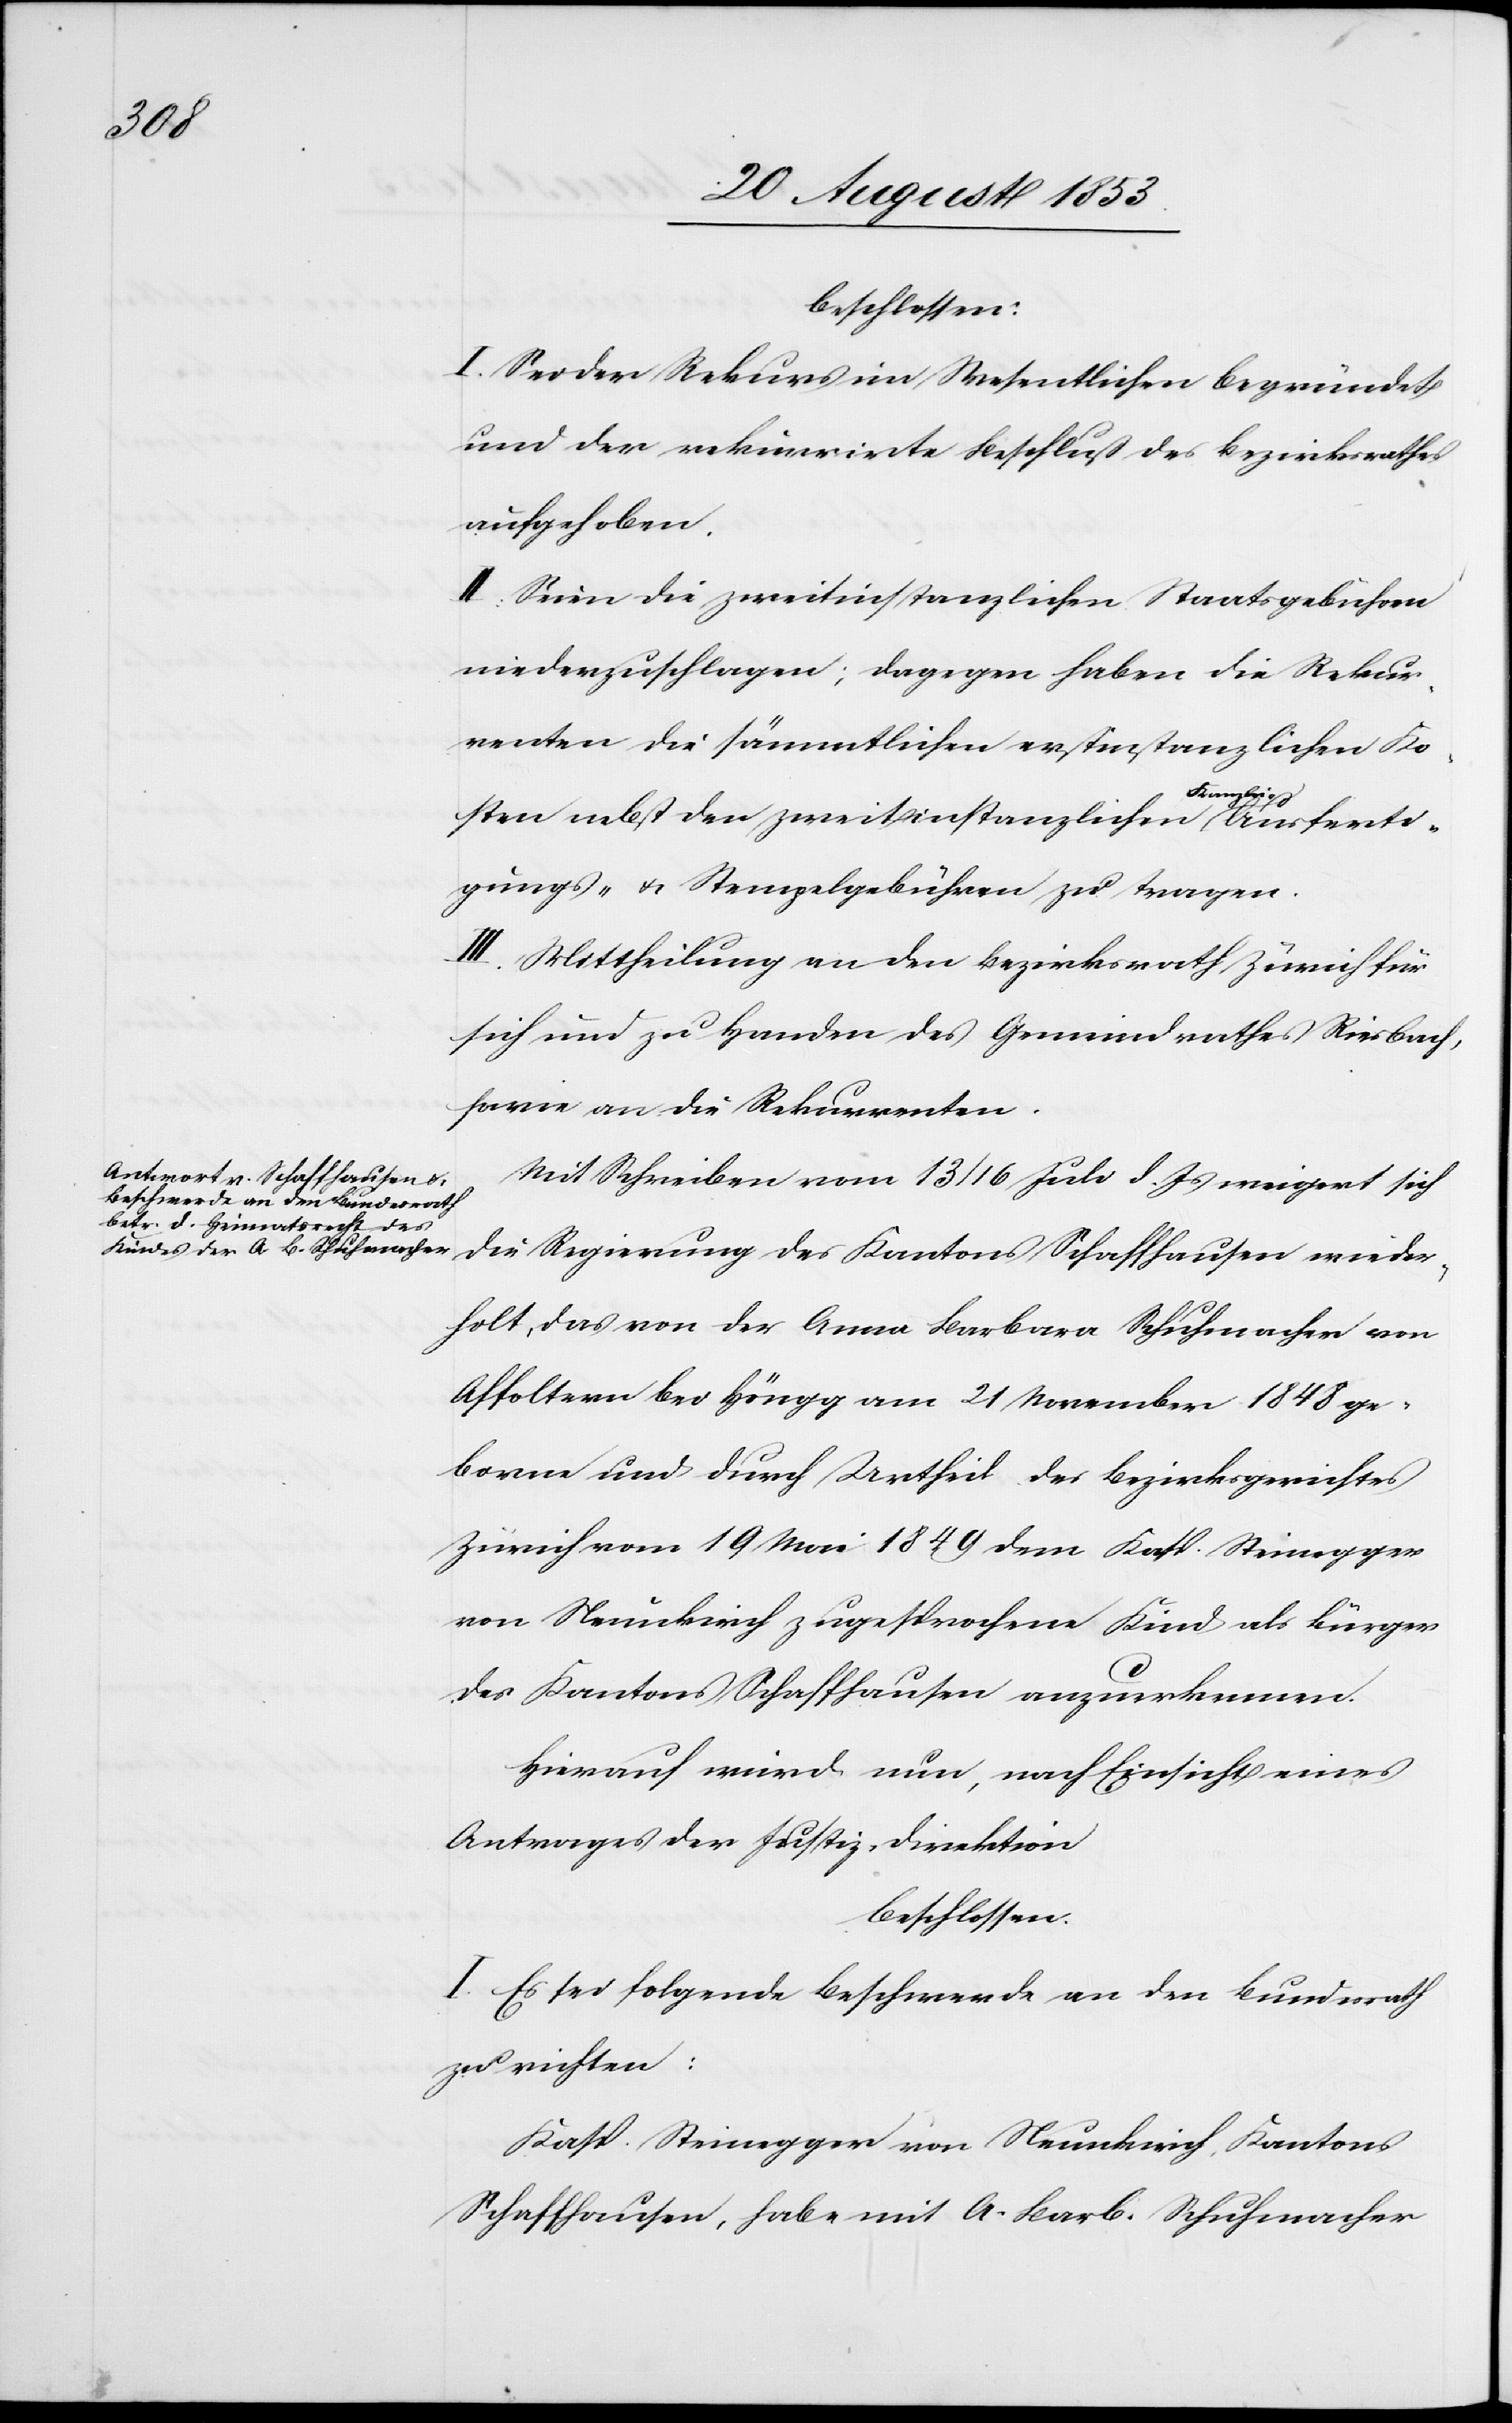
u.

beschlossen:
I. Sei der Rekurs im Wesentlichen begründet
und der rekurrirte Beschluß des Bezirksrathes
aufgehoben.
II. Seien die zweitinstanzlichen Staatsgebühren
niedergeschlagen; dagegen haben die Rekur¬
renten die sämmtlichen erstinstanzlichen Ko¬
Ausferti¬
sten nebst den zweitinstanzlichen Kanzlei-
gungs- u. Stempelgebühren zu tragen.
III. Mittheilung an den Bezirksrath Zürich für
sich und zu Handen des Gemeindrathes Riesbach,
sowie an die Rekurrenten.
Mit Schreiben vom 13/16 Juli d. Js. weigert sich
die Regierung des Kantons Schaffhausen wieder¬
holt, das von der Anna Barbara Schuhmacher von
Affoltern bei Höngg am 21 November 1848 ge¬
borene und durch Urtheil des Bezirksgerichtes
Zürich vom 19 Mai 1849 dem Kasp. Steinegger
von Neunkirch zugesprochene Kind als Bürger
des Kantons Schaffhausen anzuerkennen.
Hierauf wird nun, nach Einsicht eines
Antrages der Justiz-Direktion
beschlossen:
I. Es sei folgende Beschwerde an den Bundesrath
zu richten:
Kasp. Steinegger von Neunkirch Kantons
Schaffhausen, habe mit A. Barb. Schuhmacher